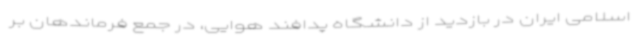
اسلامی ایران در بازدید از دانشگاه پدافند هوایی، در جمع فرماندهان بر